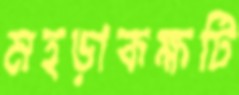
মহড়াকক্ষটি